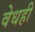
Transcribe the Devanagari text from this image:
वेधही